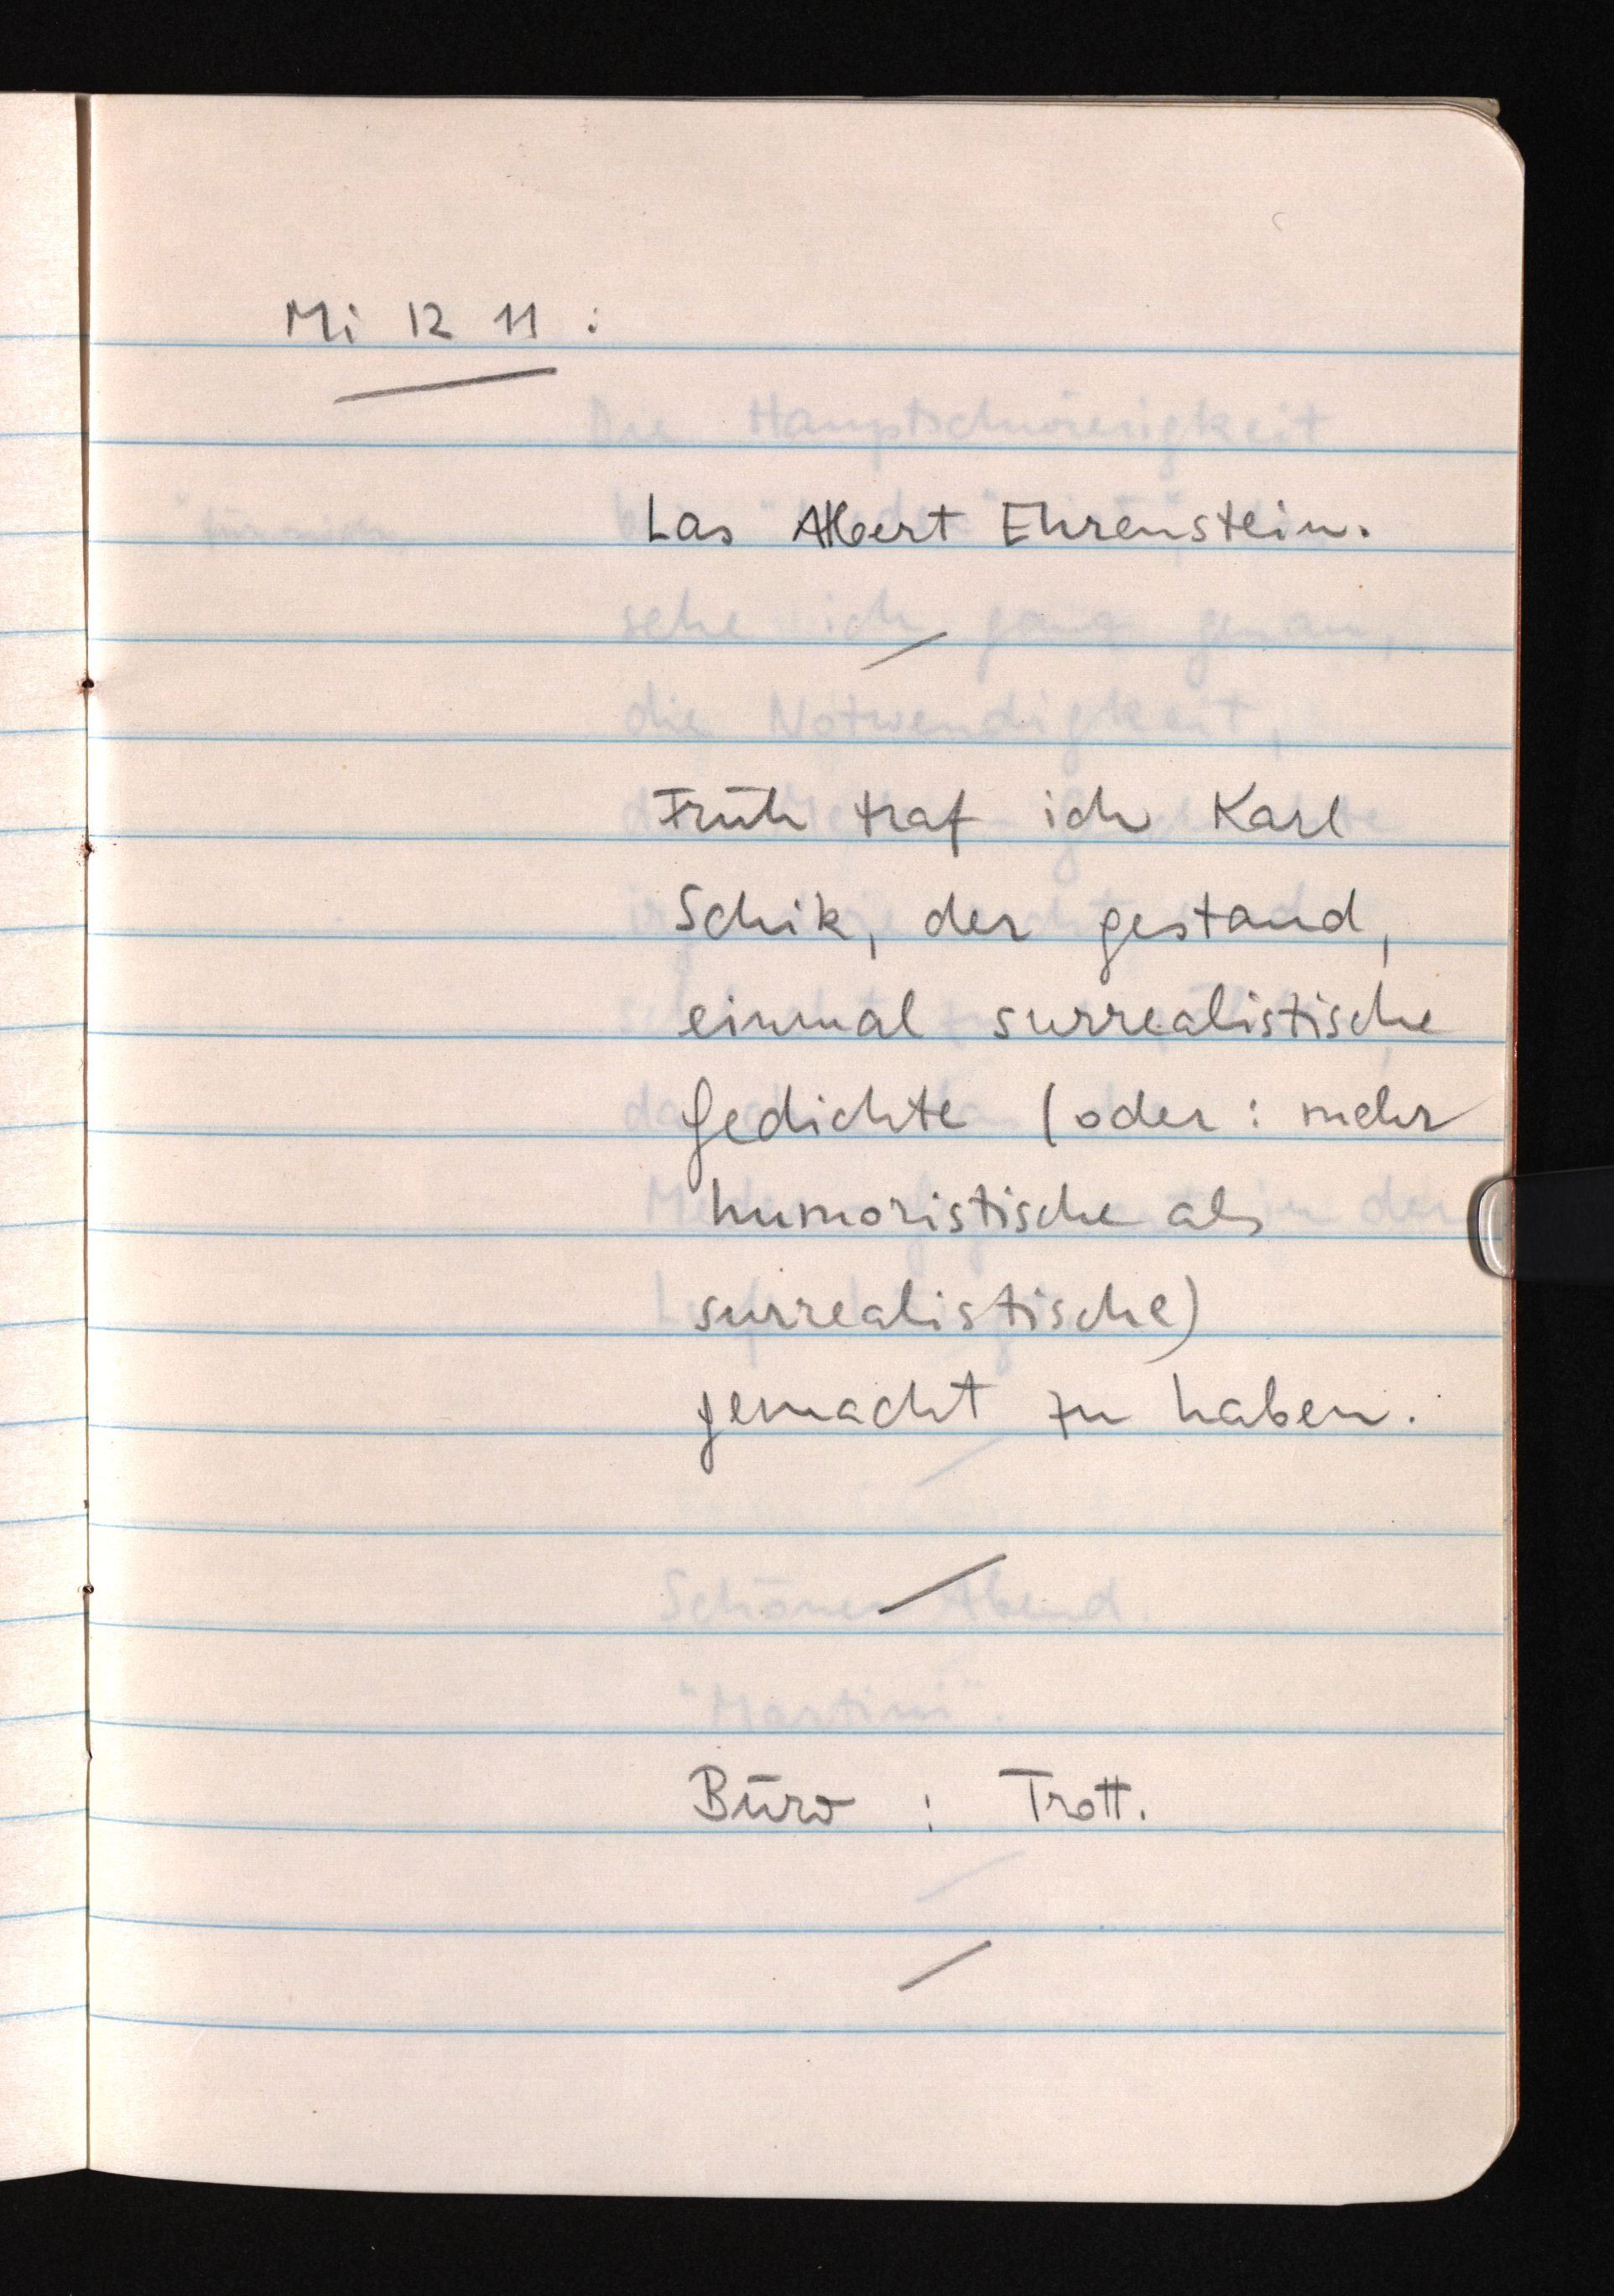
Mi 12 11:
Las Albert Ehrenstein.
Früh traf ich Karl
Schik, der gestand,
einmal surrealistische
Gedichte (oder: mehr
humoristische als
surrealistische)
gemacht zu haben.
Büro: Trott.